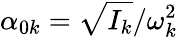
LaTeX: {\alpha_{0k}}=\sqrt{{I}_{k}}/\omega_{k}^{2}